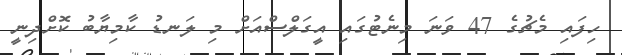
ހިފައި މެޗުގެ 47 ވަނަ މިނެޓުގައި އީގަލްސްއަށް މި ލަނޑު ކާމިޔާބު ކޮށްދިނީ